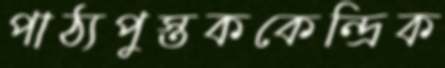
পাঠ্যপুস্তককেন্দ্রিক